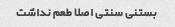
بستنی سنتی اصلا طعم نداشت